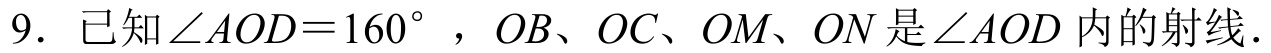
9. 已知 \(\angle AOD = 160^{\circ}\)，\(OB\)、\(OC\)、\(OM\)、\(ON\) 是 \(\angle AOD\) 内的射线．